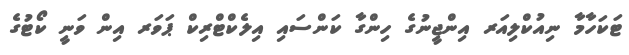
ޓަކަހާމާ ނިއުކްލިއަރ އިންޖީނުގެ ހިންގާ ކަންސައި އިލެކްޓްރިކް ޕަވަރ އިން ވަނީ ކޯޓުގެ